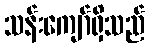
သန်းကျော်ရှိသည်